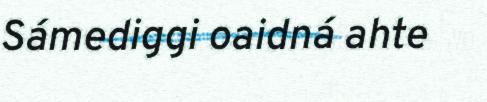
Sámediggi oaidná ahte